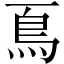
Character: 𩾏